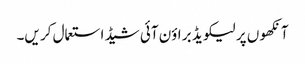
آنکھو ں پر لیکو یڈ بر اؤن آئی شیڈ استعمال کر یں۔